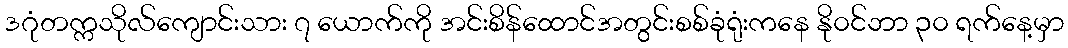
ဒဂုံတက္ကသိုလ်ကျောင်းသား ၇ ယောက်ကို အင်းစိန်ထောင်အတွင်းစစ်ခုံရုံးကနေ နို၀င်ဘာ ၃၀ ရက်နေ့မှာ